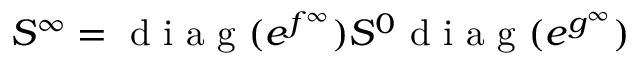
S ^ { \infty } = \mathrm { ~ d ~ i ~ a ~ g ~ } ( e ^ { f ^ { \infty } } ) S ^ { 0 } \mathrm { ~ d ~ i ~ a ~ g ~ } ( e ^ { g ^ { \infty } } )